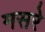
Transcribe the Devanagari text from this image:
मसरे